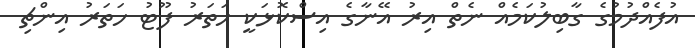
އުފެއްދުމުގެ ގާބިލުކަމެއް ނެތް އިރު އޭނާގެ އިސްކޮޅަކީ ހަތަރު ފޫޓު ހަތަރު އިންޗި